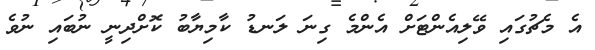
އެ މެޗުގައި ވޭލިއެންޓަށް އެންމެ ގިނަ ލަނޑު ކާމިޔާބު ކޮށްދިނީ ނުބައި ނުވެ